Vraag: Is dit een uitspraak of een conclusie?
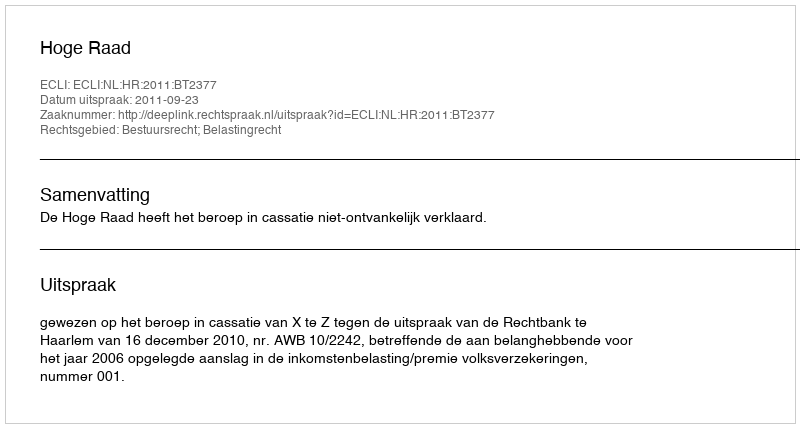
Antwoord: Uitspraak